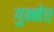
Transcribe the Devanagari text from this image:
गुन्नेर